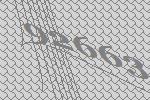
92663